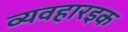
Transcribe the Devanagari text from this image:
व्यवहारइक